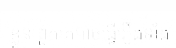
ខ្លួន ពួកគេអាចធ្វើរឿងទាំង